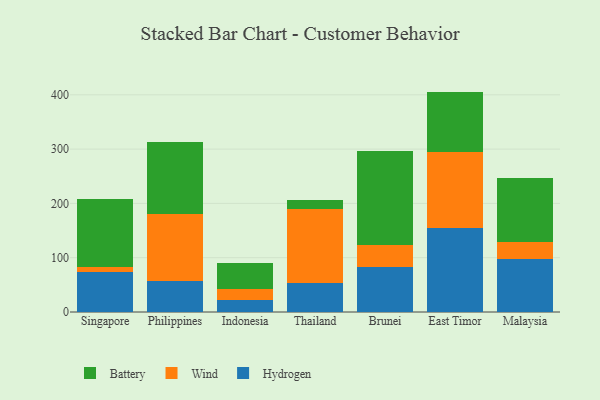
{"axis": {"x": "Country", "y": "Humidity (%)"}, "legend": ["Battery", "Hydrogen", "Wind"], "data": [{"x": "Singapore", "y": 74.5, "type": "Hydrogen"}, {"x": "Singapore", "y": 8.1, "type": "Wind"}, {"x": "Singapore", "y": 126.3, "type": "Battery"}, {"x": "Philippines", "y": 56.7, "type": "Hydrogen"}, {"x": "Philippines", "y": 124.0, "type": "Wind"}, {"x": "Philippines", "y": 132.7, "type": "Battery"}, {"x": "Indonesia", "y": 22.7, "type": "Hydrogen"}, {"x": "Indonesia", "y": 19.0, "type": "Wind"}, {"x": "Indonesia", "y": 47.8, "type": "Battery"}, {"x": "Thailand", "y": 54.0, "type": "Hydrogen"}, {"x": "Thailand", "y": 134.8, "type": "Wind"}, {"x": "Thailand", "y": 17.9, "type": "Battery"}, {"x": "Brunei", "y": 82.0, "type": "Hydrogen"}, {"x": "Brunei", "y": 41.3, "type": "Wind"}, {"x": "Brunei", "y": 174.0, "type": "Battery"}, {"x": "East Timor", "y": 155.2, "type": "Hydrogen"}, {"x": "East Timor", "y": 139.4, "type": "Wind"}, {"x": "East Timor", "y": 111.3, "type": "Battery"}, {"x": "Malaysia", "y": 97.8, "type": "Hydrogen"}, {"x": "Malaysia", "y": 31.6, "type": "Wind"}, {"x": "Malaysia", "y": 117.1, "type": "Battery"}]}